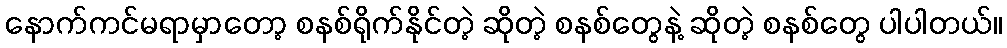
နောက်ကင်မရာမှာတော့ စနစ်ရိုက်နိုင်တဲ့ ဆိုတဲ့ စနစ်တွေနဲ့ ဆိုတဲ့ စနစ်တွေ ပါပါတယ်။